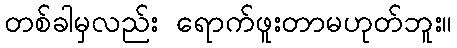
တစ်ခါမှလည်း ရောက်ဖူးတာမဟုတ်ဘူး။